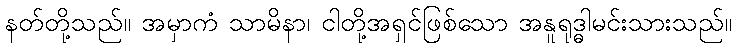
နတ်တို့သည်။ အမှာကံ သာမိနာ၊ ငါတို့အရှင်ဖြစ်သော အနူရုဒ္ဓါမင်းသားသည်။